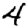
Digit: 4